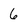
Character: 6